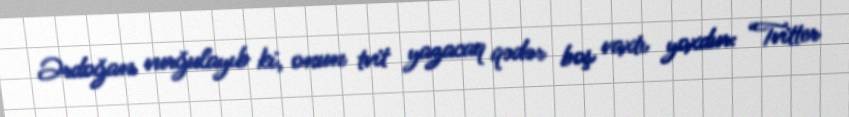
Ərdoğan vurğulayıb ki, onun tvit yazacaq qədər boş vaxtı yoxdur: “Tvitter